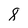
Character: 8